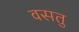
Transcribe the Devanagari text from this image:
वसतु